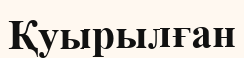
Қуырылған